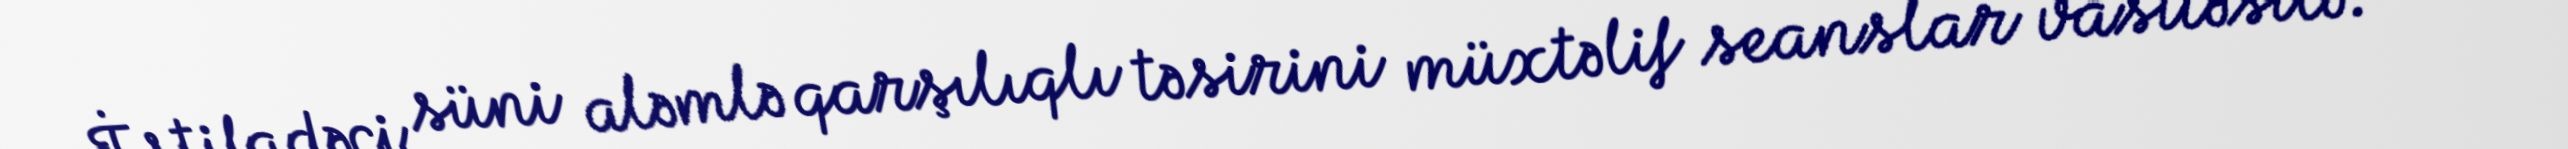
İstifadəçi süni aləmlə qarşılıqlı təsirini müxtəlif seanslar vasitəsilə: onun